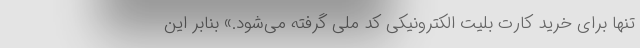
تنها برای خرید کارت بلیت الکترونیکی کد ملی گرفته می‌شود.» بنابر این